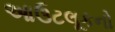
આઉટલૂકનો